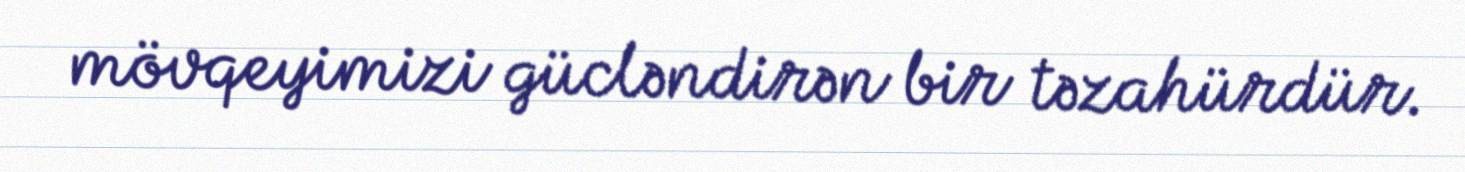
mövqeyimizi gücləndirən bir təzahürdür.